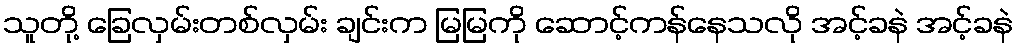
သူတို့ ခြေလှမ်းတစ်လှမ်း ချင်းက မြမြကို ဆောင့်ကန်နေသလို အင့်ခနဲ အင့်ခနဲ